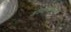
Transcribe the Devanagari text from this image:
अध्यापनकक्ष